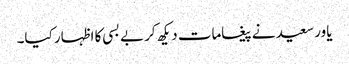
یاور سعید نے پیغامات دیکھ کر بے بسی کا اظہار کیا۔